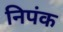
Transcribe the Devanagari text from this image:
निपंक